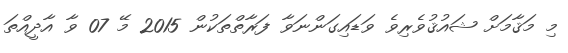
މި މަޤާމަށް ޝައުޤުވެރިވެ ވަޑައިގަންނަވާ ފަރާތްތަކުން 2015 މޭ 07 ވާ އާދީއްތަ